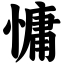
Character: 慵